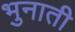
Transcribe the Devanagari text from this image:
भुनाती